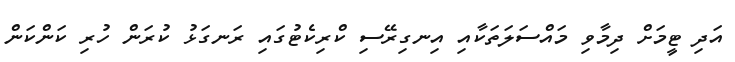
އަދި ޓީމަށް ދިމާވި މައްސަލަތަކާއި އިނގިރޭސި ކްރިކެޓުގައި ރަނގަޅު ކުރަން ހުރި ކަންކަން